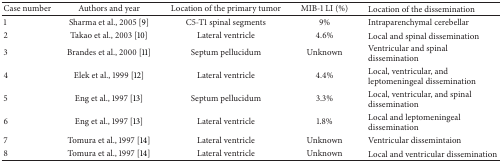
<table><thead><tr><td><b>Case number</b></td><td><b>Authors and year</b></td><td><b>Location of the primary tumor</b></td><td><b>MIB-1 LI (%)</b></td><td><b>Location of the dissemination</b></td></tr></thead><tbody><tr><td>1</td><td>Sharma et al., 2005 [9]</td><td>C5-T1 spinal segments</td><td>9%</td><td>Intraparenchymal cerebellar </td></tr><tr><td>2</td><td>Takao et al., 2003 [10]</td><td>Lateral ventricle</td><td>4.6%</td><td>Local and spinal dissemination</td></tr><tr><td>3</td><td>Brandes et al., 2000 [11]</td><td>Septum pellucidum</td><td>Unknown</td><td>Ventricular and spinal dissemination</td></tr><tr><td>4</td><td>Elek et al., 1999 [12]</td><td>Lateral ventricle</td><td>4.4%</td><td>Local, ventricular, and leptomeningeal dissemination</td></tr><tr><td>5 </td><td>Eng et al., 1997 [13]</td><td>Septum pellucidum</td><td>3.3%</td><td>Local, ventricular, and spinal dissemination</td></tr><tr><td>6</td><td>Eng et al., 1997 [13]</td><td>Lateral ventricle</td><td>1.8%</td><td>Local and leptomeningeal dissemination</td></tr><tr><td>7</td><td>Tomura et al., 1997 [14]</td><td>Lateral ventricle</td><td>Unknown</td><td>Ventricular dissemintaion</td></tr><tr><td>8</td><td>Tomura et al., 1997 [14]</td><td>Lateral ventricle</td><td>Unknown</td><td>Local and ventricular dissemination</td></tr></tbody></table>